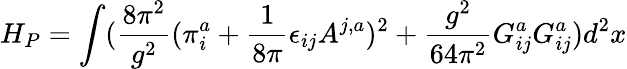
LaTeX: H_{P}=\int(\frac{8\pi^{2}}{g^{2}}(\pi_{i}^{a}+\frac{1}{8\pi}\epsilon_{ij}A^{j,a})^{2}+\frac{g^{2}}{64\pi^{2}}G_{ij}^{a}G_{ij}^{a})d^{2}x